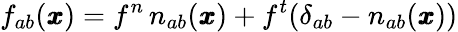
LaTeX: f_{ab}({\pmb x})=f^{n}\, n_{ab}(\pmb x)+f^{t}(\delta_{ab}-n_{ab}(\pmb x))